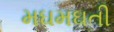
મઘમઘતી